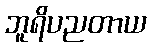
ဘူရိပညတာယ